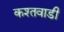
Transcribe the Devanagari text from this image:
कश्तवाडी